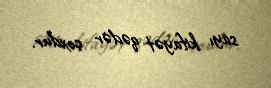
sayı kifayət qədər çoxdur.